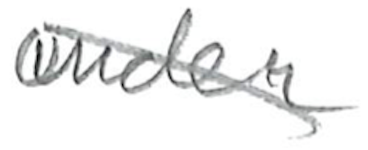
Text: under
Cross-out: mix
Writing tool: pencil